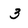
Character: 3